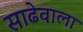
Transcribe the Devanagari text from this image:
साढेवाला